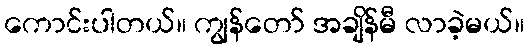
ကောင်းပါတယ်။ ကျွန်တော် အချိန်မီ လာခဲ့မယ်။